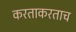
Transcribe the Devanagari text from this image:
करताकरताच